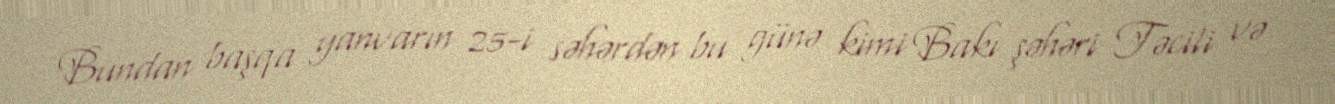
Bundan başqa yanvarın 25-i səhərdən bu günə kimi Bakı şəhəri Təcili və